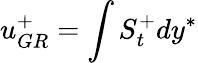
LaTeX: u_{GR}^{+}=\int S_{t}^{+}dy^{*}